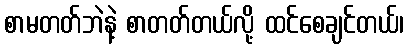
စာမတတ်ဘဲနဲ့ စာတတ်တယ်လို့ ထင်စေချင်တယ်၊